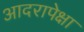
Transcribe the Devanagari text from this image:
आदरापेक्षा